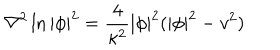
\nabla ^ { 2 } \ln | \phi | ^ { 2 } = \frac { 4 } { \kappa ^ { 2 } } | \phi | ^ { 2 } ( | \phi | ^ { 2 } - v ^ { 2 } )